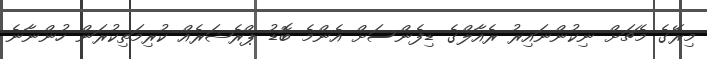
މިރޭގެ މެޗަށް ނިކުންނައިރު ރެއާލްގެ ޑިފެންސަށް އެންމެ ބޮޑު ޕްރެޝަރެއް ކުރިމަތިކުރަން ހުންނާނެ